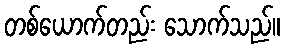
တစ်ယောက်တည်း သောက်သည်။